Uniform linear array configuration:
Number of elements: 16
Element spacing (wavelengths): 0.75
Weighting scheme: hann
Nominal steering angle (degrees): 0
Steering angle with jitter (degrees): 1.731
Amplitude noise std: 0.05
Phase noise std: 0.05

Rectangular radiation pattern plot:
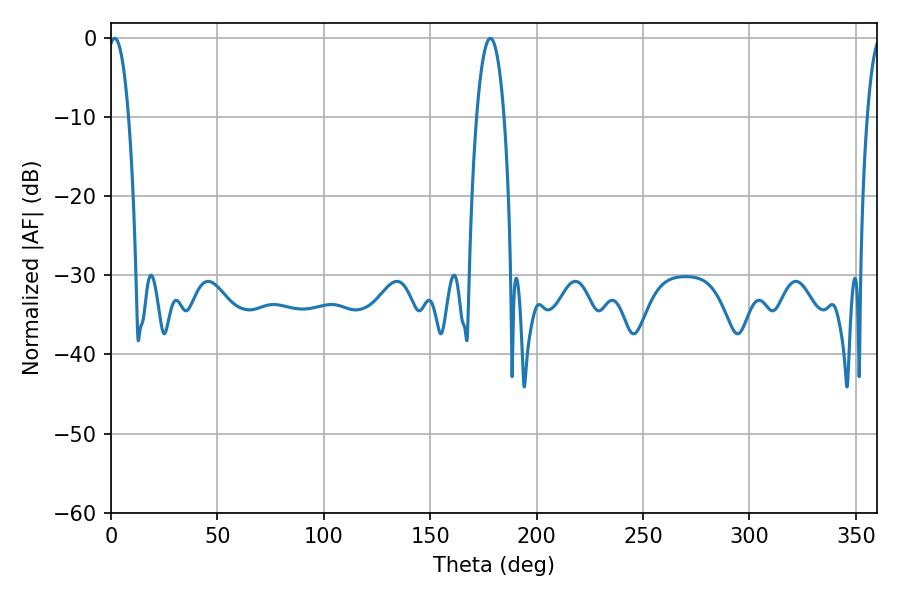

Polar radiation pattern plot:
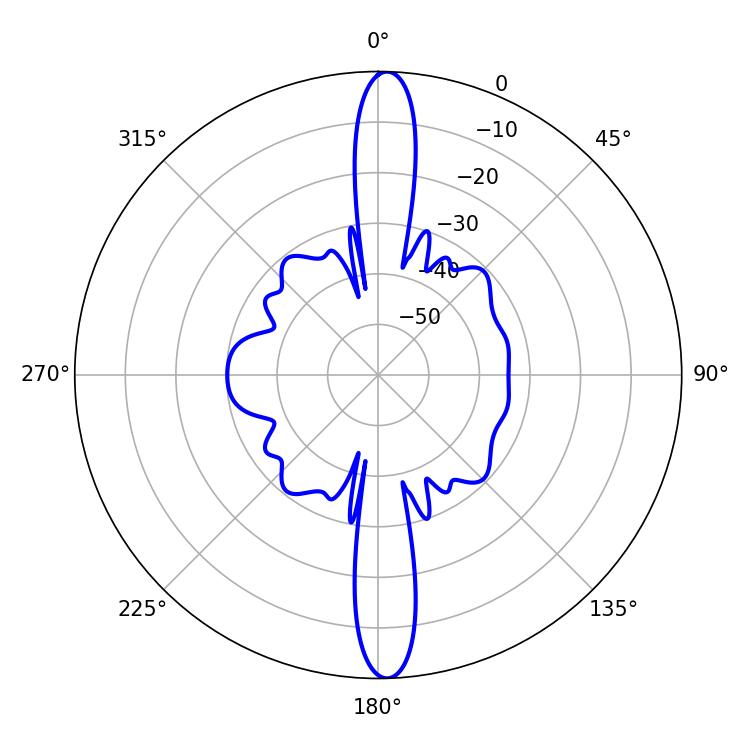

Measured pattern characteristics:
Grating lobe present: TRUE
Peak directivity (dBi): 23.911
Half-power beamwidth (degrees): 5.4
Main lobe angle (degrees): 1.8